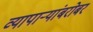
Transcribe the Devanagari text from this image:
व्यापार्‍यांबरोबर